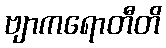
ဗျာကရောတီတိ